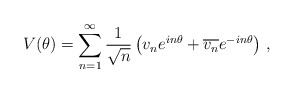
\begin{align*} V(\theta)=\sum_{n=1}^{\infty}\frac{1}{\sqrt{n}} \left(v_n e^{i n \theta}+\overline{v_n} e^{-i n \theta}\right)\,,\end{align*}